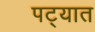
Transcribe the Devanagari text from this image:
पट्यात